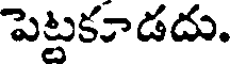
పెట్టకూడదు.